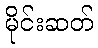
မိုင်းဆတ်